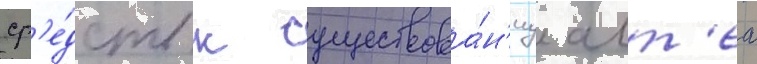
ср'е́дств к существова́н'иу алт'еа